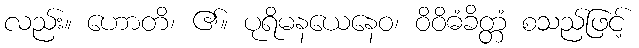
လည်း။ ဟောတိ၊ ၏။ ပုရိမနယေနေဝ၊ ဝိဝိဓံခိတ္တံ စသည်ဖြင့်